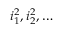
i _ { 1 } ^ { 2 } , i _ { 2 } ^ { 2 } , \dots